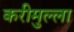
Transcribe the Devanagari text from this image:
करीमुल्ला